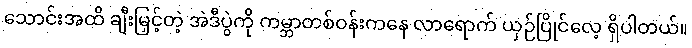
သောင်းအထိ ချီးမြှင့်တဲ့ အဲဒီပွဲကို ကမ္ဘာတစ်ဝန်းကနေ လာရောက် ယှဉ်ပြိုင်လေ့ ရှိပါတယ်။